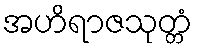
အဟိရာဇသုတ္တံ